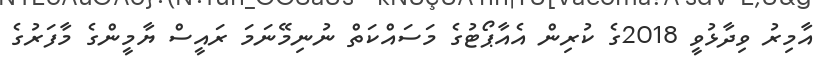
އާމިރު ވިދާޅުވީ 2018ގެ ކުރިން އެއާޕޯޓުގެ މަސައްކަތް ނުނިމޭނަމަ ރައީސް ޔާމީންގެ މާފަރުގެ